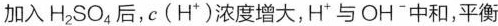
加入H_{2}SO_{4}后，c(H^{+})浓度增大，H^{+}与OH^{-}中和，平衡